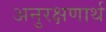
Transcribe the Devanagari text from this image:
अनुरक्षणार्थ